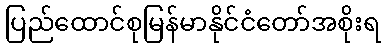
ပြည်ထောင်စုမြန်မာနိုင်ငံတော်အစိုးရ